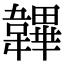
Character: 韠